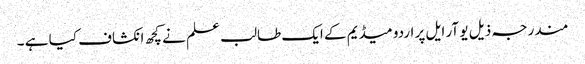
مندرجہ ذیل یو آر ایل پر اردو میڈیم کے ایک طالب علم نے کچھ انکشاف کیا ہے ۔